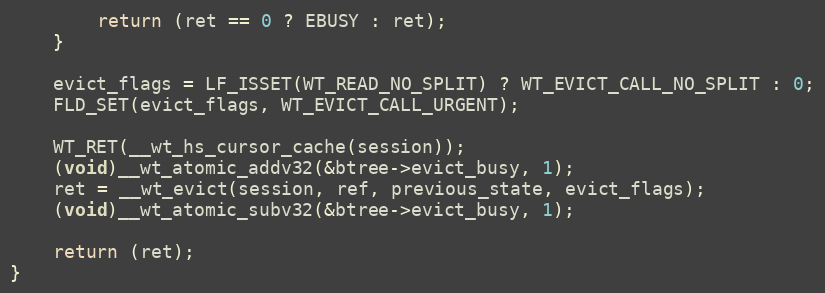
Language: C
        return (ret == 0 ? EBUSY : ret);
    }

    evict_flags = LF_ISSET(WT_READ_NO_SPLIT) ? WT_EVICT_CALL_NO_SPLIT : 0;
    FLD_SET(evict_flags, WT_EVICT_CALL_URGENT);

    WT_RET(__wt_hs_cursor_cache(session));
    (void)__wt_atomic_addv32(&btree->evict_busy, 1);
    ret = __wt_evict(session, ref, previous_state, evict_flags);
    (void)__wt_atomic_subv32(&btree->evict_busy, 1);

    return (ret);
}